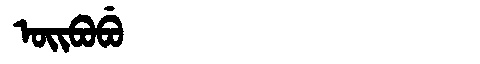
Manchu: ᠣᡳᠪᠣᠪᡠ
Romanization: OIBOBU